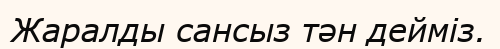
Жаралды сансыз тән дейміз.